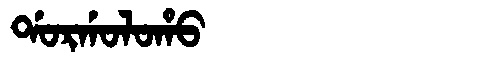
Manchu: ᡩᠣᡵᡤᠣᠯᠣᡥᠣ
Romanization: DORGOLOHO